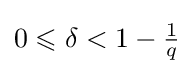
0\leqslant \delta <1-{\tfrac {1}{q}}